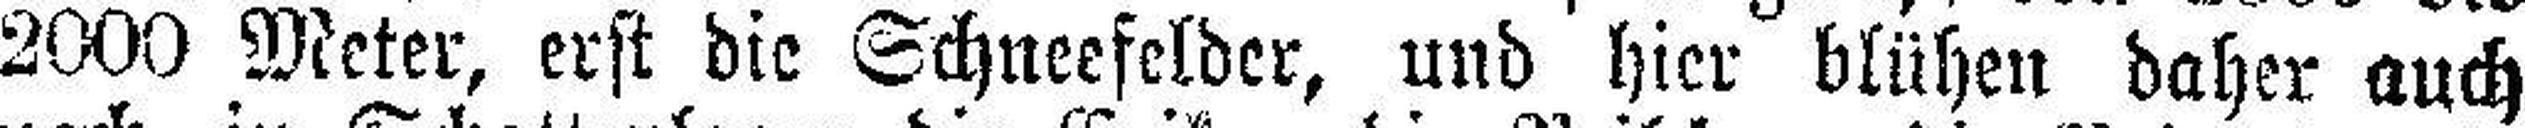
2000 Meter, erst die Schneefelder, und hier blühen daher auch